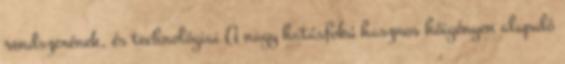
rendszerének, és technológiai A nagy hatásfokú hasznos hőigényen alapuló